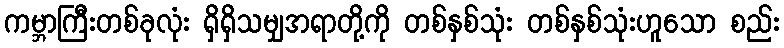
ကမ္ဘာကြီးတစ်ခုလုံး ရှိရှိသမျှအရာတို့ကို တစ်နှစ်သုံး တစ်နှစ်သုံးဟူသော စည်း